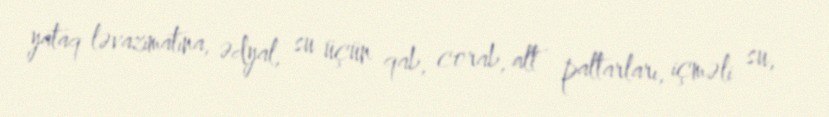
yataq ləvazimatına, ədyal, su üçün qab, corab, alt paltarları, içməli su,